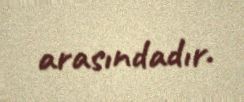
arasındadır.